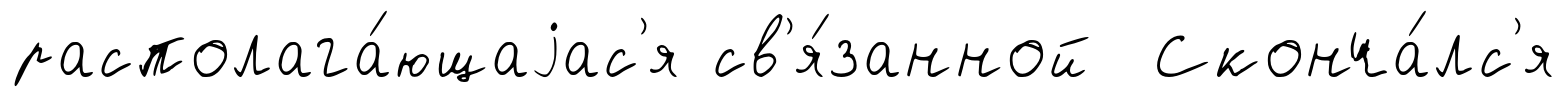
располага́ющаjас'я св'я́занной Сконча́лс'я